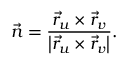
{ \vec { n } } = { \frac { { \vec { r } } _ { u } \times { \vec { r } } _ { v } } { \left| { \vec { r } } _ { u } \times { \vec { r } } _ { v } \right| } } .